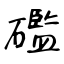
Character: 礛